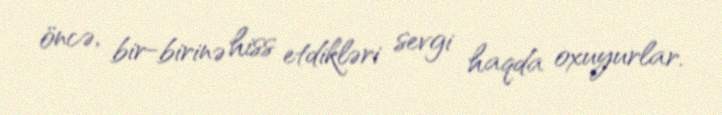
öncə, bir-birinə hiss etdikləri sevgi haqda oxuyurlar.